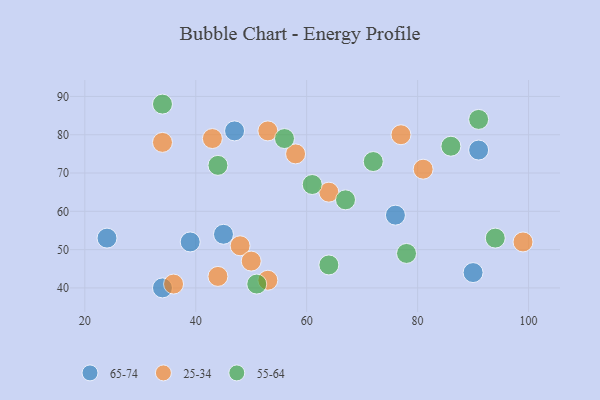
{"axis": {"x": "GDP", "y": "Life Expectancy"}, "legend": ["25-34", "55-64", "65-74"], "data": [{"x": "34", "y": 40, "type": "65-74"}, {"x": "91", "y": 76, "type": "65-74"}, {"x": "39", "y": 52, "type": "65-74"}, {"x": "90", "y": 44, "type": "65-74"}, {"x": "76", "y": 59, "type": "65-74"}, {"x": "47", "y": 81, "type": "65-74"}, {"x": "24", "y": 53, "type": "65-74"}, {"x": "45", "y": 54, "type": "65-74"}, {"x": "48", "y": 51, "type": "25-34"}, {"x": "50", "y": 47, "type": "25-34"}, {"x": "81", "y": 71, "type": "25-34"}, {"x": "43", "y": 79, "type": "25-34"}, {"x": "99", "y": 52, "type": "25-34"}, {"x": "64", "y": 65, "type": "25-34"}, {"x": "34", "y": 78, "type": "25-34"}, {"x": "36", "y": 41, "type": "25-34"}, {"x": "53", "y": 81, "type": "25-34"}, {"x": "58", "y": 75, "type": "25-34"}, {"x": "77", "y": 80, "type": "25-34"}, {"x": "53", "y": 42, "type": "25-34"}, {"x": "44", "y": 43, "type": "25-34"}, {"x": "91", "y": 84, "type": "55-64"}, {"x": "94", "y": 53, "type": "55-64"}, {"x": "34", "y": 88, "type": "55-64"}, {"x": "44", "y": 72, "type": "55-64"}, {"x": "67", "y": 63, "type": "55-64"}, {"x": "64", "y": 46, "type": "55-64"}, {"x": "61", "y": 67, "type": "55-64"}, {"x": "72", "y": 73, "type": "55-64"}, {"x": "86", "y": 77, "type": "55-64"}, {"x": "56", "y": 79, "type": "55-64"}, {"x": "78", "y": 49, "type": "55-64"}, {"x": "51", "y": 41, "type": "55-64"}]}